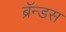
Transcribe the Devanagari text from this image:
ब्रॅन्डस